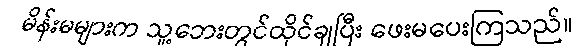
မိန်းမများက သူ့ဘေးတွင်ထိုင်ချပြီး ဖေးမပေးကြသည်။